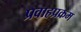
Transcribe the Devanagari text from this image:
प्रवाहप्रक्रम